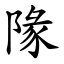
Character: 䧘